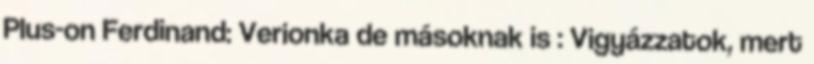
Plus-on Ferdinand: Verionka de másoknak is : Vigyázzatok, mert